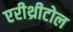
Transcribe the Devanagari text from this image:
एरीथ्रीटोल